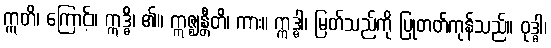
ဣတိ၊ ကြောင့်။ ဣဒ္ဓိ၊ ၏။ ဣဇ္ဈန္တီတိ၊ ကား။ ဣဒ္ဓါ၊ မြတ်သည်ကို ပြုတတ်ကုန်သည်။ ဝုဒ္ဓါ၊